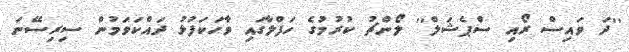
''ދަ ވައިސް ރޯއި ސްޕެޝަލް'' ލޯންޗު ކުރުމުގެ ހަފްލާގައި ވާހަކަފުޅު ދައްކަވަމުން ސިރިސޭނަ